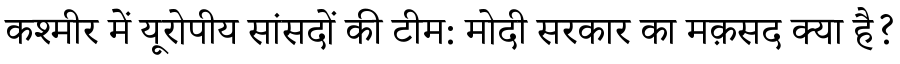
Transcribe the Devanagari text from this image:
कश्मीर में यूरोपीय सांसदों की टीम: मोदी सरकार का मक़सद क्या है?